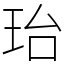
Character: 珆